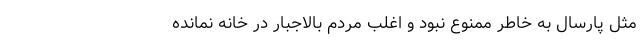
مثل پارسال به خاطر ممنوع نبود و اغلب مردم بالاجبار در خانه نمانده